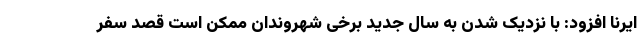
ایرنا افزود: با نزدیک شدن به سال جدید برخی شهروندان ممکن است قصد سفر